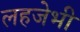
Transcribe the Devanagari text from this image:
लहजेभी